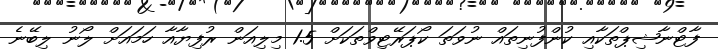
ފާޓްނާޝިޕްތަކާއި ކުންފުނިތައް ނުވަތަ ކޯޕަރޭޓިވްތަކަށް 1.5 މިލިއަން ރުފިޔާއާ ހަމައަށް ލޯނު ލިބޭނެ